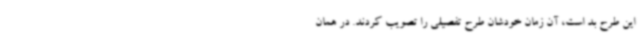
این طرح بد است، آن زمان خودشان طرح تفصیلی را تصویب کردند. در همان